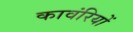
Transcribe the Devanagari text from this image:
कावंरियों